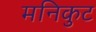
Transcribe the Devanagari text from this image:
मनिकुट